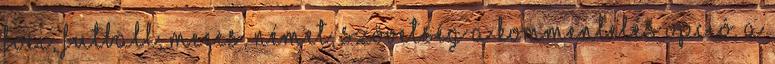
foci, futball, meccs, német, szövetség A kommentelés opció, a